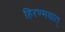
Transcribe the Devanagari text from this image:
हिरण्मयात्